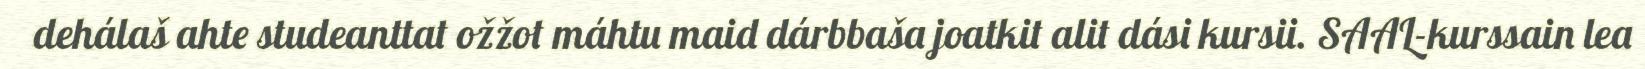
dehálaš ahte studeanttat ožžot máhtu maid dárbbaša joatkit alit dási kursii. SAAL-kurssain lea